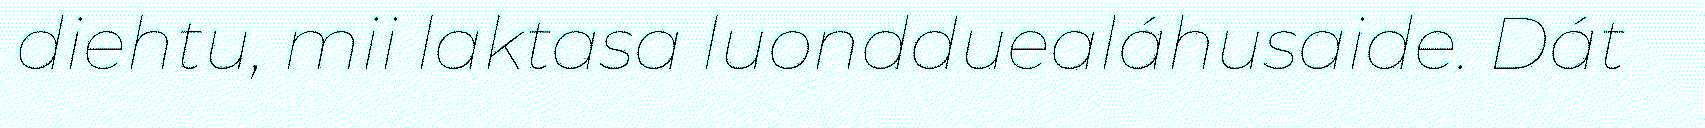
diehtu, mii laktasa luondduealáhusaide. Dát